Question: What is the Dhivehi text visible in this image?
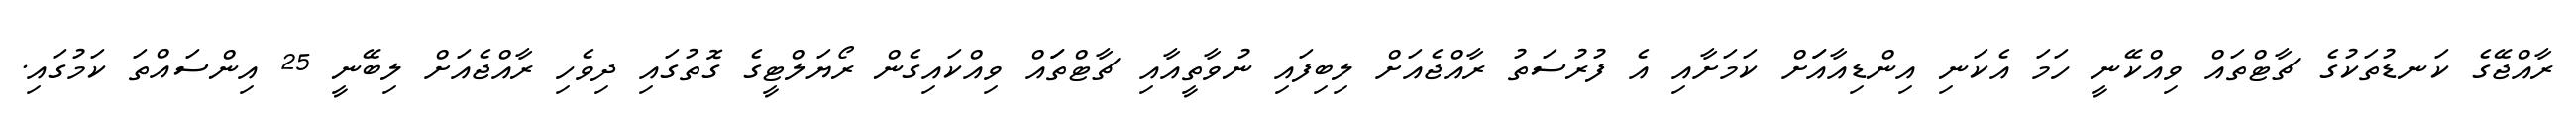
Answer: ރާއްޖޭގެ ކަނޑުތަކުގެ ޗާޓްތައް ވިއްކޭނީ ހަމަ އެކަނި އިންޑިއާއަަށް ކަމަށާއި އެ ފުރުސަތު ރާއްޖެއަށް ލިބިފައި ނުވާތީއާއި ޗާޓްތަައް ވިއްކައިގެން ރޯޔަލްޓީގެ ގޮތުގައި ދިވެހި ރާއްޖެއަށް ލިބޭނީ 25 އިންސައްތަ ކަމުގައި.